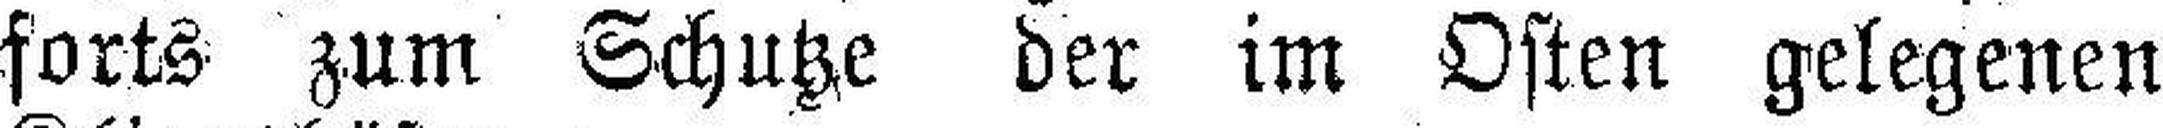
förts zum Schutze der im Osten gelegenen